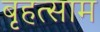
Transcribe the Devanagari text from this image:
बृहत्साम